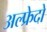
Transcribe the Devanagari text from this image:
अल्फ्रेदो